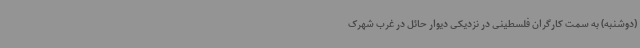
(دوشنبه) به سمت کارگران فلسطینی در نزدیکی دیوار حائل در غرب شهرک